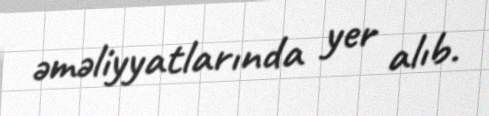
əməliyyatlarında yer alıb.